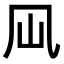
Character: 𠘳